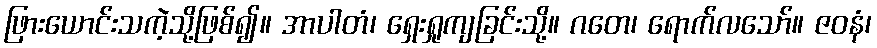
ဖြားယောင်းသကဲ့သို့ဖြစ်၍။ အာပါတံ၊ ရှေးရှုကျခြင်းသို့။ ဂတေ၊ ရောက်လသော်။ ဇဝနံ၊